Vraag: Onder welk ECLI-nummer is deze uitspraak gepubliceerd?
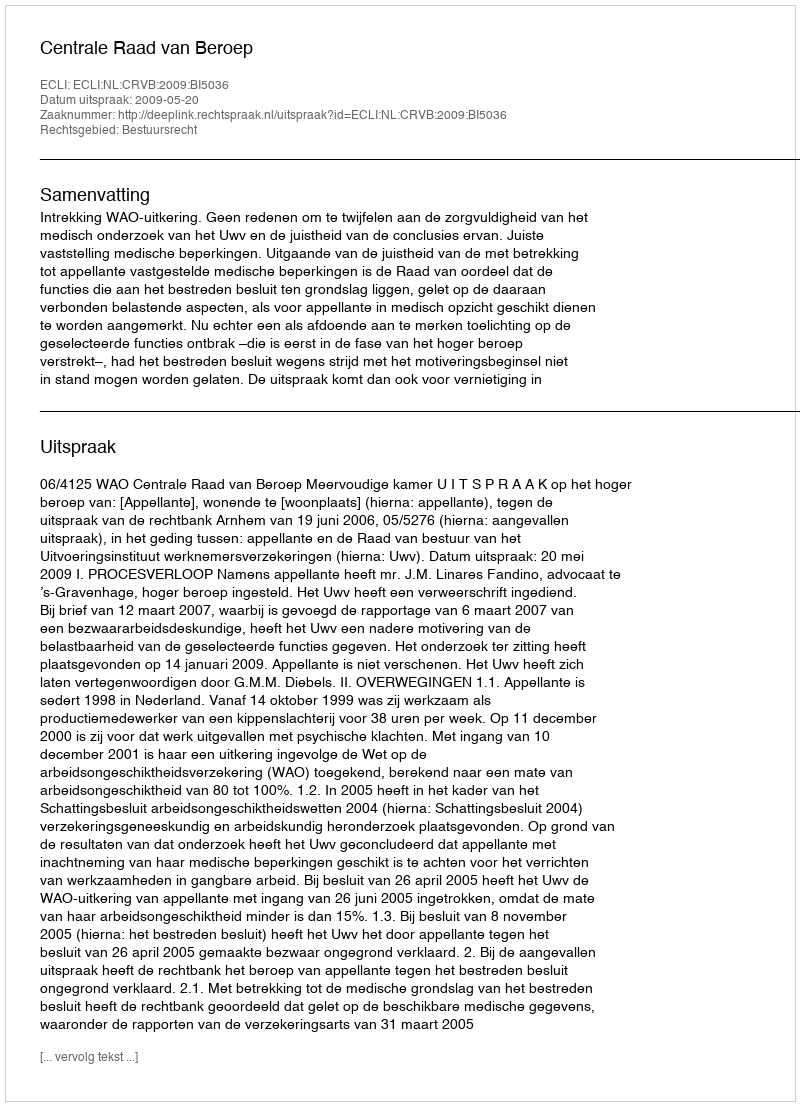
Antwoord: ECLI:NL:CRVB:2009:BI5036